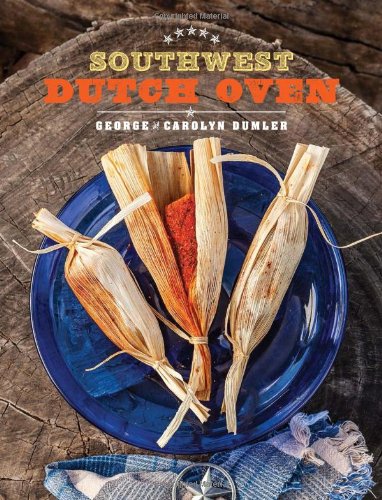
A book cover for Southwest Dutch Oven; George Dumler; Cookbooks, Food & Wine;